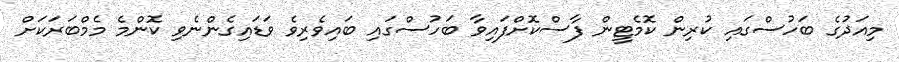
މިއަދުގެ ބަހުސްގައި ކުރިން ކޮމެޓީން ފާސްކޮށްފައިވާ ބަހުސްގައި ބައިވެރިވެ ވަޑައިގެންނެވި ކޮންމެ މެމްބަރަކަށް